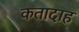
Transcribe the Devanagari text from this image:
कतादाह